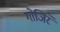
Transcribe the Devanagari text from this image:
गोजिरे